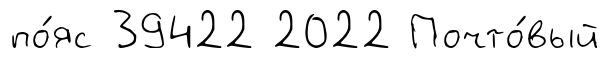
по́яс 39422 2022 Почто́вый